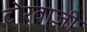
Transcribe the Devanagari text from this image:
दोरवाजी